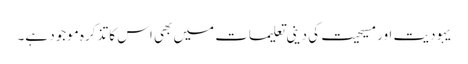
یہودیت اور مسیحیت کی دینی تعلیمات میں بھی اس کا تذکرہ موجود ہے۔